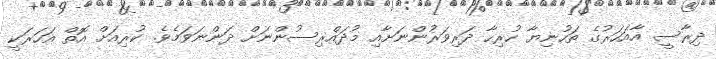
ދިރާސީ އާއަހަރުގެ ތަހުނިޔާ ހުރިހާ ދަރިވަރުންނަށާއި މުދައްރިސުންނަށް ދަންނަވަމެވެ. ކުރިއަށް އޮތް އަހަރަކީ